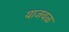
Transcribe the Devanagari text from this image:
याजवळ